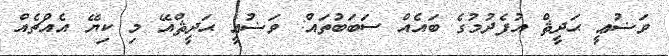
ވަޟުޢީ ޙަދީޘް އުފެދުމުގެ ބައެއް ސަބަބުތައް: ވަޟުޢީ ޙަދީޘްއޭ މި ކިޔޭ އެއްޗެއް